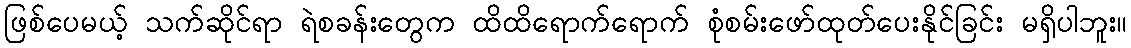
ဖြစ်ပေမယ့် သက်ဆိုင်ရာ ရဲစခန်းတွေက ထိထိရောက်ရောက် စုံစမ်းဖော်ထုတ်ပေးနိုင်ခြင်း မရှိပါဘူး။